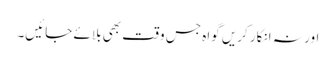
اور نہ انکار کریں گواہ جس وقت بھی بلائے جائیں۔